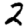
Digit: 2